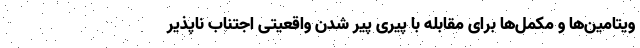
ویتامین‌ها و مکمل‌ها برای مقابله با پیری پیر شدن واقعیتی اجتناب ناپذیر